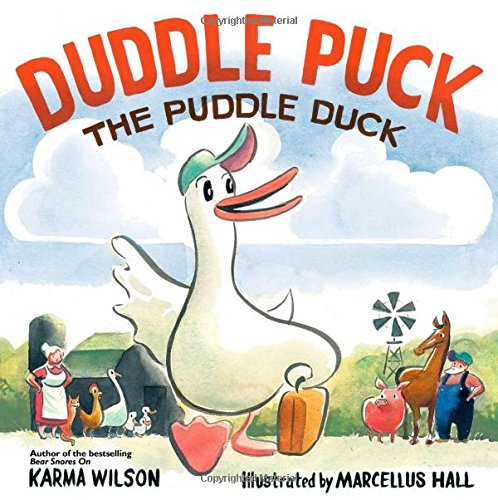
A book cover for Duddle Puck: The Puddle Duck; Karma Wilson; Children's Books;